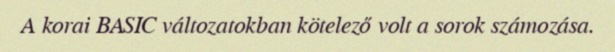
A korai BASIC változatokban kötelező volt a sorok számozása.